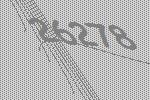
26278